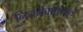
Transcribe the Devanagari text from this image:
निधर्मवाद्यांमुळे